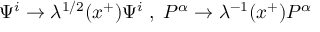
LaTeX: \Psi ^ { i } \rightarrow \lambda ^ { 1 / 2 } ( x ^ { + } ) \Psi ^ { i } \; , \; P ^ { \alpha } \rightarrow \lambda ^ { - 1 } ( x ^ { + } ) P ^ { \alpha }